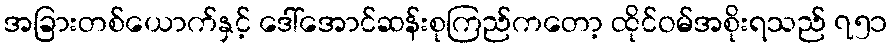
အခြားတစ်ယောက်နှင့် ဒေါ်အောင်ဆန်းစုကြည်ကတော့ ထိုင်ဝမ်အစိုးရသည် ၇၅၁